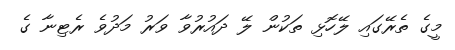
މީގެ ތެރޭގައި ލޭހޮޅި ތަކުން ލޭ ދައުރުވާ ވަރު މަދުވެ ރެޓިނާ ގެ